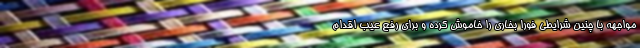
مواجهه با چنین شرایطی فورا بخاری را خاموش کرده و برای رفع عیب اقدام